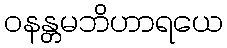
ဝနန္တမဘိဟာရယေ